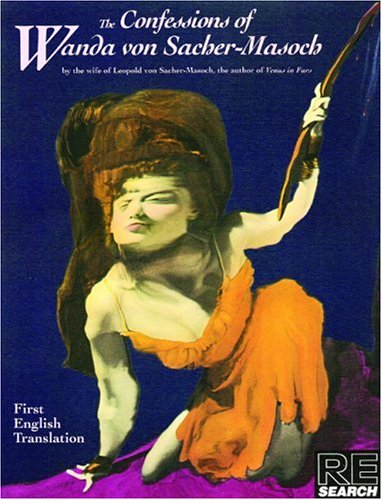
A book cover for The Confessions of Wanda von Sacher-Masoch (Re/Search Classics); Wanda von Sacher-Masoch; Romance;